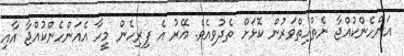
އަންހެންކުއްޖާ ނެތްހިތްވަރުން ކޮޅަށް ތެދުވިއެވެ. އޭރު އެ ފިރިހެން މީހާ އެއަންހެންކުއްޖާ އާއި